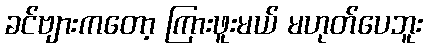
ခင်ဗျားကတော့ ကြားဖူးမယ် မဟုတ်ပေဘူး